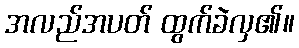
အလည်အပတ် ထွက်ခဲလှ၏။